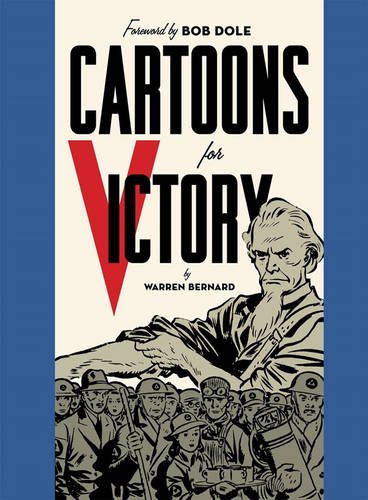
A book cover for Cartoons for Victory; Warren Bernard; Comics & Graphic Novels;